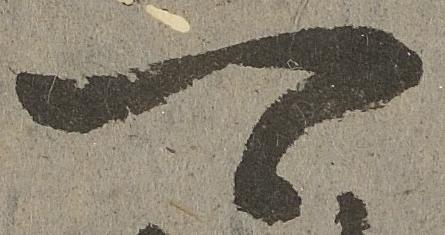
可